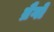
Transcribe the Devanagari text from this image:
ब्रैगो